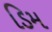
ડિમ